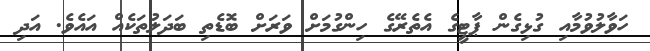
ހަވާލުވުމާއި ގުޅިގެން ޕާޓީގެ އެތެރޭގެ ހިންގުމަށް ވަރަށް ބޮޑެތި ބަދަލުތަކެއް އައެވެ. އަދި